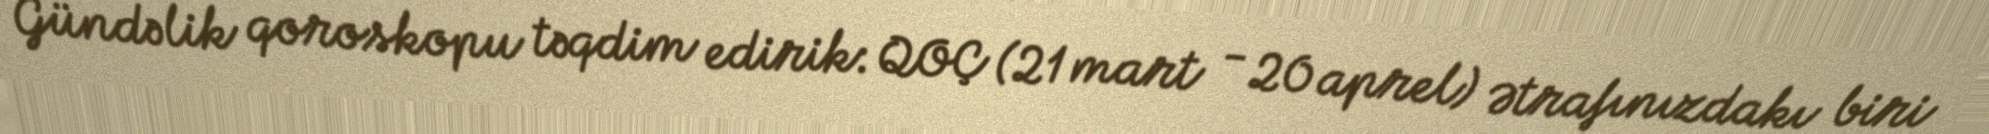
Gündəlik qoroskopu təqdim edirik: QOÇ (21 mart - 20 aprel) Ətrafınızdakı biri